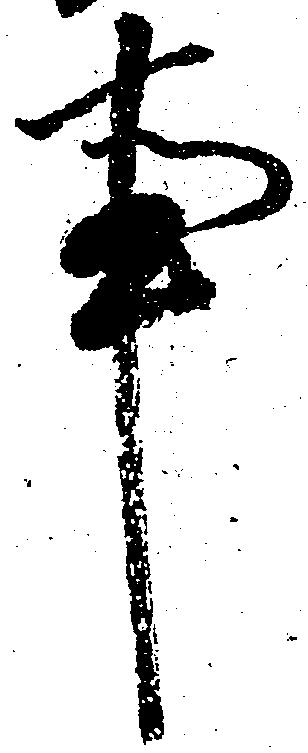
事